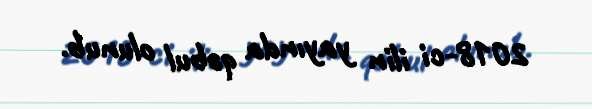
2018-ci ilin yayında qəbul olunub.